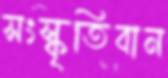
সংস্কৃতিবান